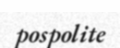
pospolite